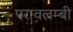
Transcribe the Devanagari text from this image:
परावलम्बी